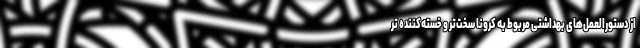
از دستورالعمل­های بهداشتی مربوط به کرونا سخت‌تر و خسته‌­کننده­ تر